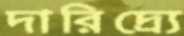
দারিদ্র্যে